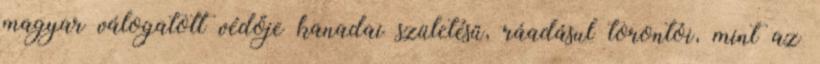
magyar válogatott védője kanadai születésű, ráadásul torontói, mint az